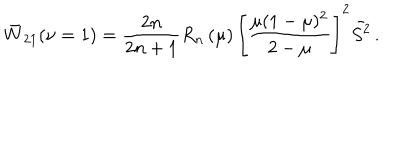
\bar { W } _ { 2 1 } ( \nu = 1 ) = \frac { 2 n } { 2 n + 1 } R _ { n } \left( \mu \right) \left[ \frac { \mu ( 1 - \mu ) ^ { 2 } } { 2 - \mu } \right] ^ { 2 } \bar { S ^ { 2 } } \, .